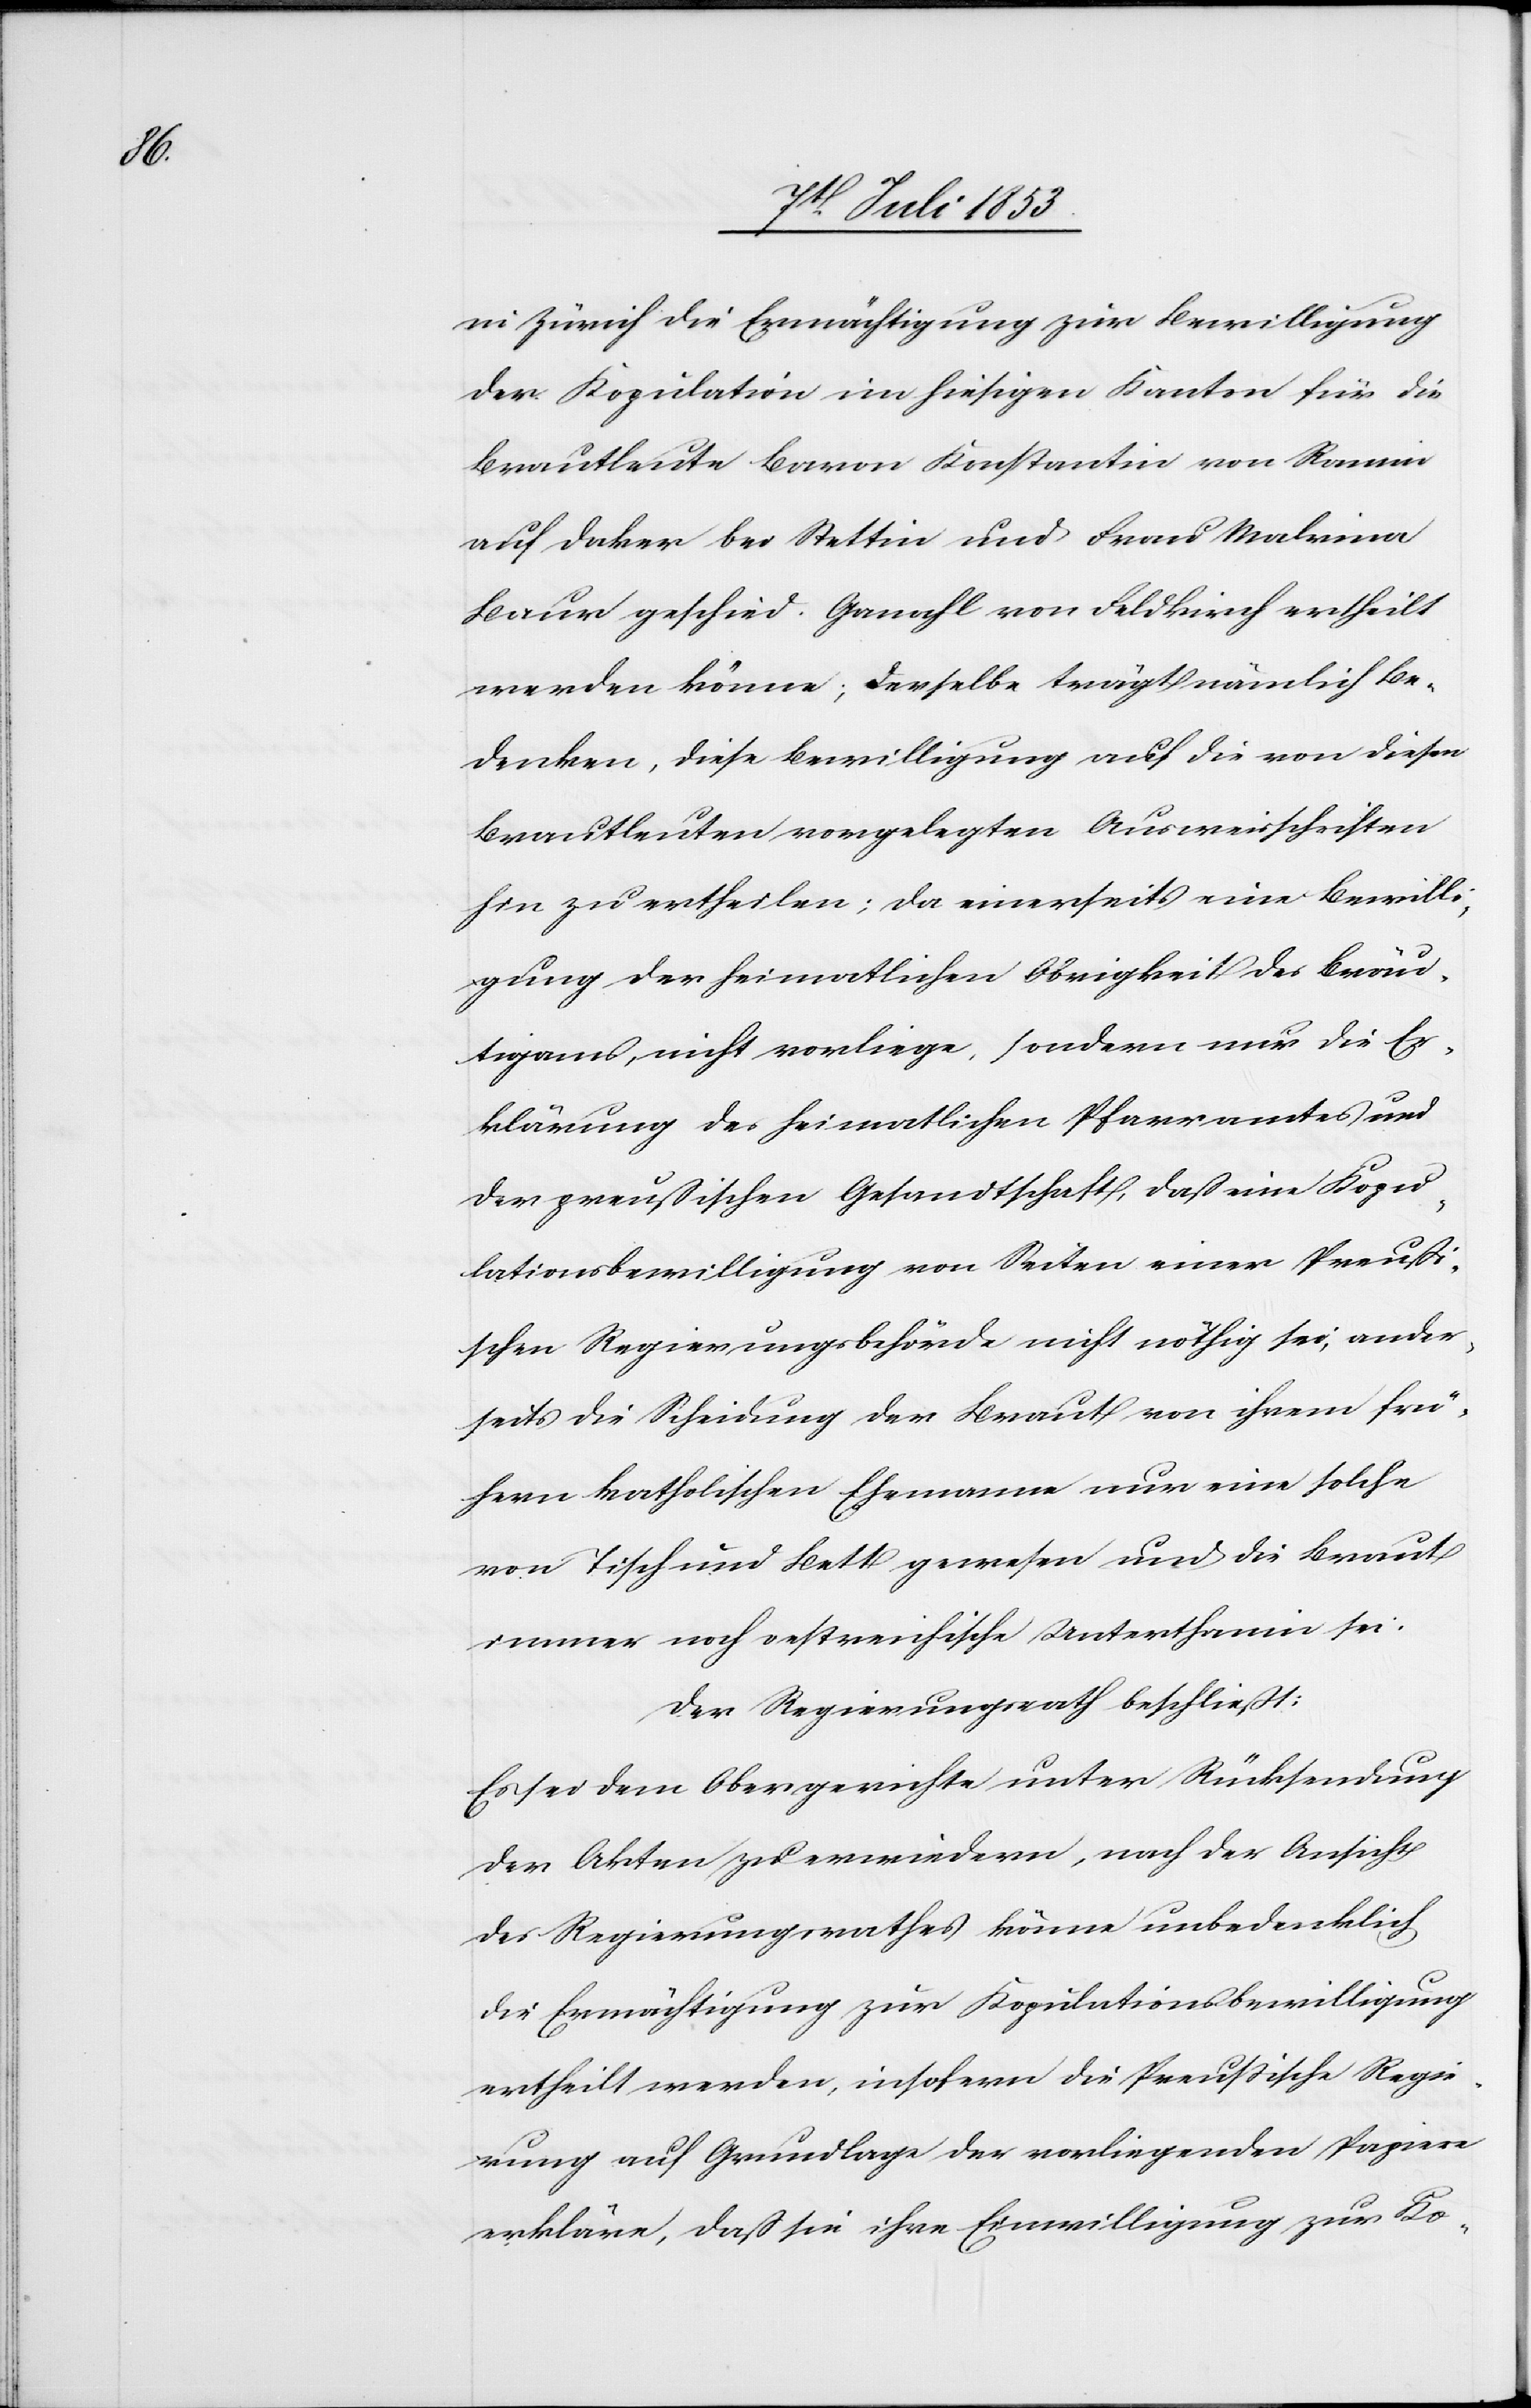
in Zürich die Ermächtigung zur Bewilligung
der Kopulation im hiesigen Kanton für die
Brautleute Baron Konstantin von Ramin
auf daher bei Stettin und Frau Malvina
Baur geschied. Ganahl von Feldkirch ertheilt
werden könne; derselbe trägt nämlich be¬
denken, diese Bewilligung auf die von diesen
Brautleuten vorgelegten Ausweisschriften
hin zu ertheilen; da einerseits eine Bewill¬
igung der heimatlichen Obrigkeit des Bräu¬
tigams, nicht vorliege, sondern nur die Er¬
klärung des heimatlichen Pfarramtes und
der preußischen Gesandtschaft, daß eine Kopu¬
lationsbewilligung von Seiten einer Preußi¬
schen Regierungsbehörde nicht nöthig sei, ander¬
seits die Scheidung der Braut von ihrem frü¬
hern katholischen Ehemanne nur eine solche
von Tisch und Bett gewesen und die Braut
immer noch oestreichische Unterthanin sei.
Der Regierungsrath beschließt:
Es sei dem Obergerichte unter Rücksendung
der Akten zu erwiedern, nach der Ansicht
des Regierungsrathes könne unbedenklich
die Ermächtigung zur Kopulationsbewilligung
ertheilt werden, insofern die Preußische Regie¬
rung auf Grundlage der vorliegenden Papiere
erkläre, daß sie ihre Einwilligung zur Ko-